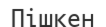
Пішкен